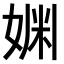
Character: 𫰿